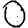
Digit: 0